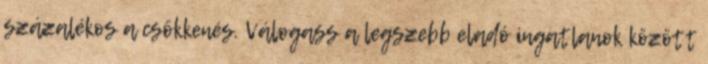
százalékos a csökkenés. Válogass a legszebb eladó ingatlanok között